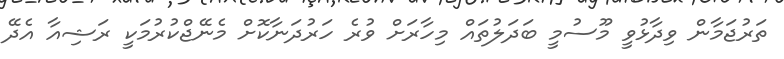
ތަރުޖަމާން ވިދާޅުވީ މޫސުމީ ބަދަލުތައް މިހާރަށް ވުރެ ހަރުދަނާކޮށް މެނޭޖްކުރުމަކީ ރަޝިއާ އެދޭ